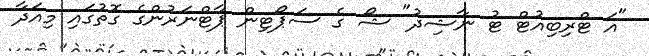
"އަ ޓްރިބިއުޓް ޓު ނާޝިދު" ޝޯ ގެ ސަޕޯޓިން ޕާޓްނަރުންގެ ގޮތުގައި މިއަދާ